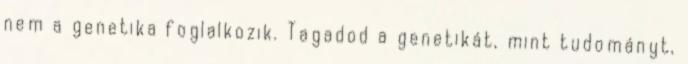
nem a genetika foglalkozik. Tagadod a genetikát, mint tudományt,